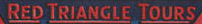
RED TRIANGLE TOURS